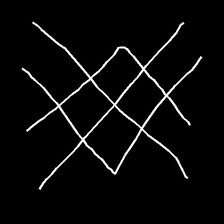
Glyph: crystal